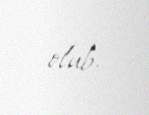
olub.